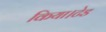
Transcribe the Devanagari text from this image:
किया।टेड